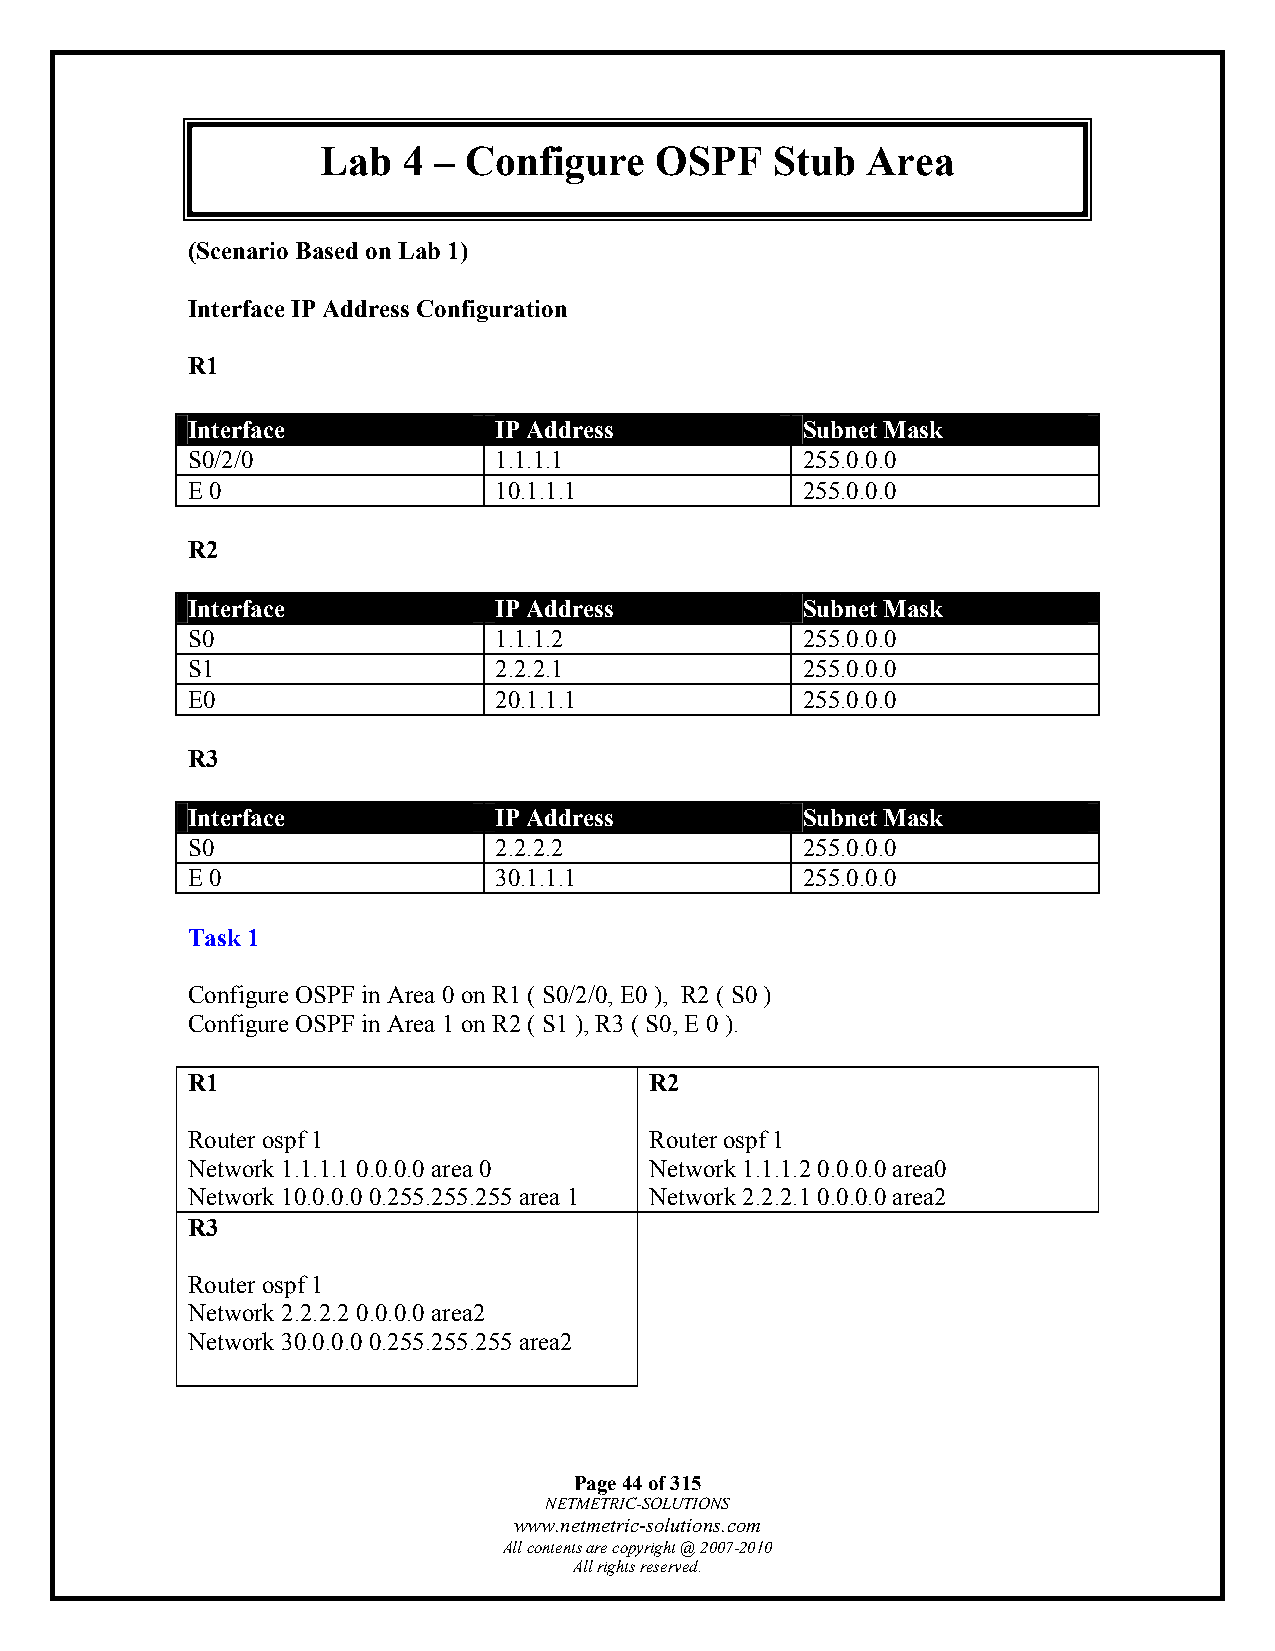
Lab   4 – Configure   OSPF    Stub  Area
 (Scenario Based on Lab 1)
 Interface IP Address Configuration
 R1
 Interface            IP Address          Subnet Mask
 S0/2/0               1.1.1.1             255.0.0.0
 E 0                  10.1.1.1            255.0.0.0
 R2
 Interface            IP Address          Subnet Mask
 S0                   1.1.1.2             255.0.0.0
 S1                   2.2.2.1             255.0.0.0
 E0                   20.1.1.1            255.0.0.0
 R3
 Interface            IP Address          Subnet Mask
 S0                   2.2.2.2             255.0.0.0
 E 0                  30.1.1.1            255.0.0.0
 Task 1
 Configure OSPF in Area 0 on R1 ( S0/2/0, E0 ), R2 ( S0 )
 Configure OSPF in Area 1 on R2 ( S1 ), R3 ( S0, E 0 ).
 R1                             R2
 Router ospf 1                  Router ospf 1
 Network 1.1.1.1 0.0.0.0 area 0 Network 1.1.1.2 0.0.0.0 area0
 Network 10.0.0.0 0.255.255.255 area 1 Network 2.2.2.1 0.0.0.0 area2
 R3
 Router ospf 1
 Network 2.2.2.2 0.0.0.0 area2
 Network 30.0.0.0 0.255.255.255 area2
 Page 44 of 315
 NETMETRIC-SOLUTIONS
 www.netmetric-solutions.com
 All contents are copyright @ 2007-2010
 All rights reserved.